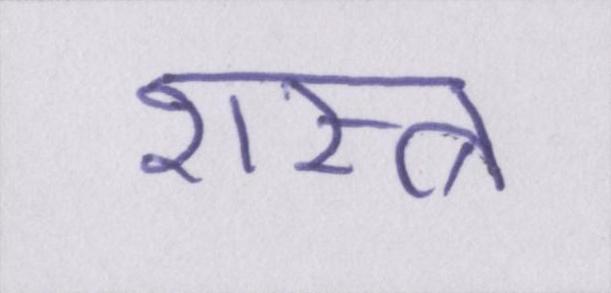
शस्त्र